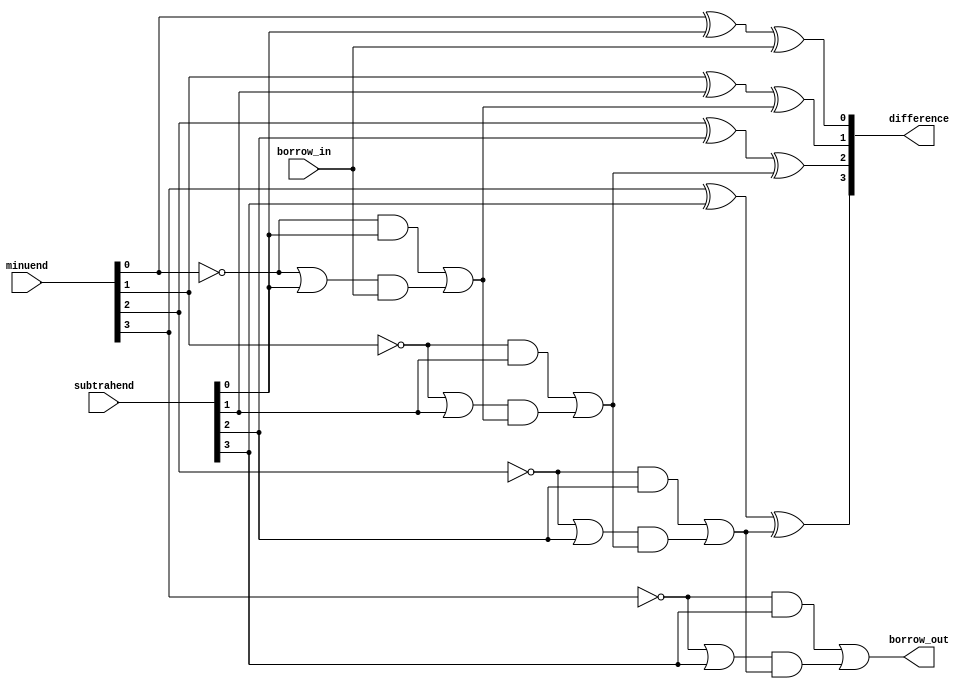
module carry_lookahead_subtractor(
    input [3:0] minuend,
    input [3:0] subtrahend,
    input borrow_in,
    output [3:0] difference,
    output borrow_out
);

wire [3:0] diff;
wire [3:0] borrow;

assign diff[0] = minuend[0] ^ subtrahend[0] ^ borrow_in;
assign borrow[0] = (~minuend[0] & subtrahend[0]) | ((~minuend[0] | subtrahend[0]) & borrow_in);

assign diff[1] = minuend[1] ^ subtrahend[1] ^ borrow[0];
assign borrow[1] = (~minuend[1] & subtrahend[1]) | ((~minuend[1] | subtrahend[1]) & borrow[0]);

assign diff[2] = minuend[2] ^ subtrahend[2] ^ borrow[1];
assign borrow[2] = (~minuend[2] & subtrahend[2]) | ((~minuend[2] | subtrahend[2]) & borrow[1]);

assign diff[3] = minuend[3] ^ subtrahend[3] ^ borrow[2];
assign borrow_out = (~minuend[3] & subtrahend[3]) | ((~minuend[3] | subtrahend[3]) & borrow[2]);

assign difference = diff;

endmodule